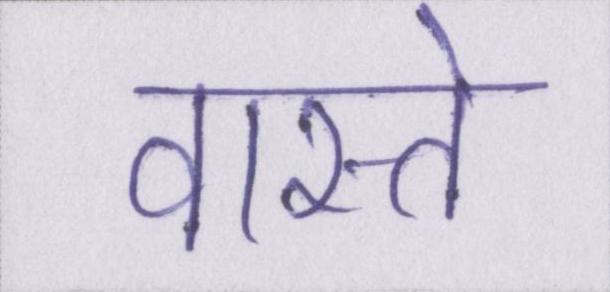
वास्ते